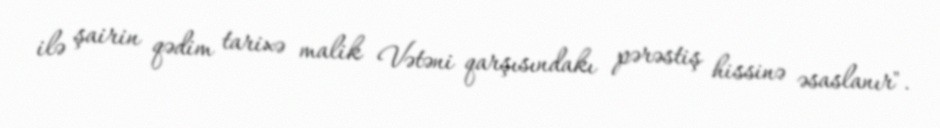
ilə şairin qədim tarixə malik Vətəni qarşısındakı pərəstiş hissinə əsaslanır".